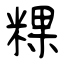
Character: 粿